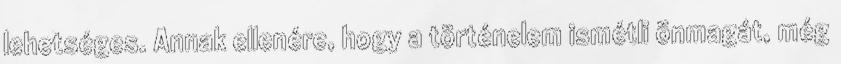
lehetséges. Annak ellenére, hogy a történelem ismétli önmagát, még